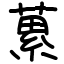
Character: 蔂